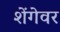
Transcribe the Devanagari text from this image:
शेंगेवर